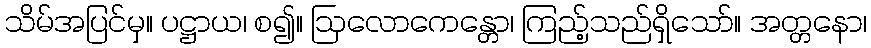
သိမ်အပြင်မှ။ ပဋ္ဌာယ၊ စ၍။ ဩလောကေန္တော၊ ကြည့်သည်ရှိသော်။ အတ္တနော၊